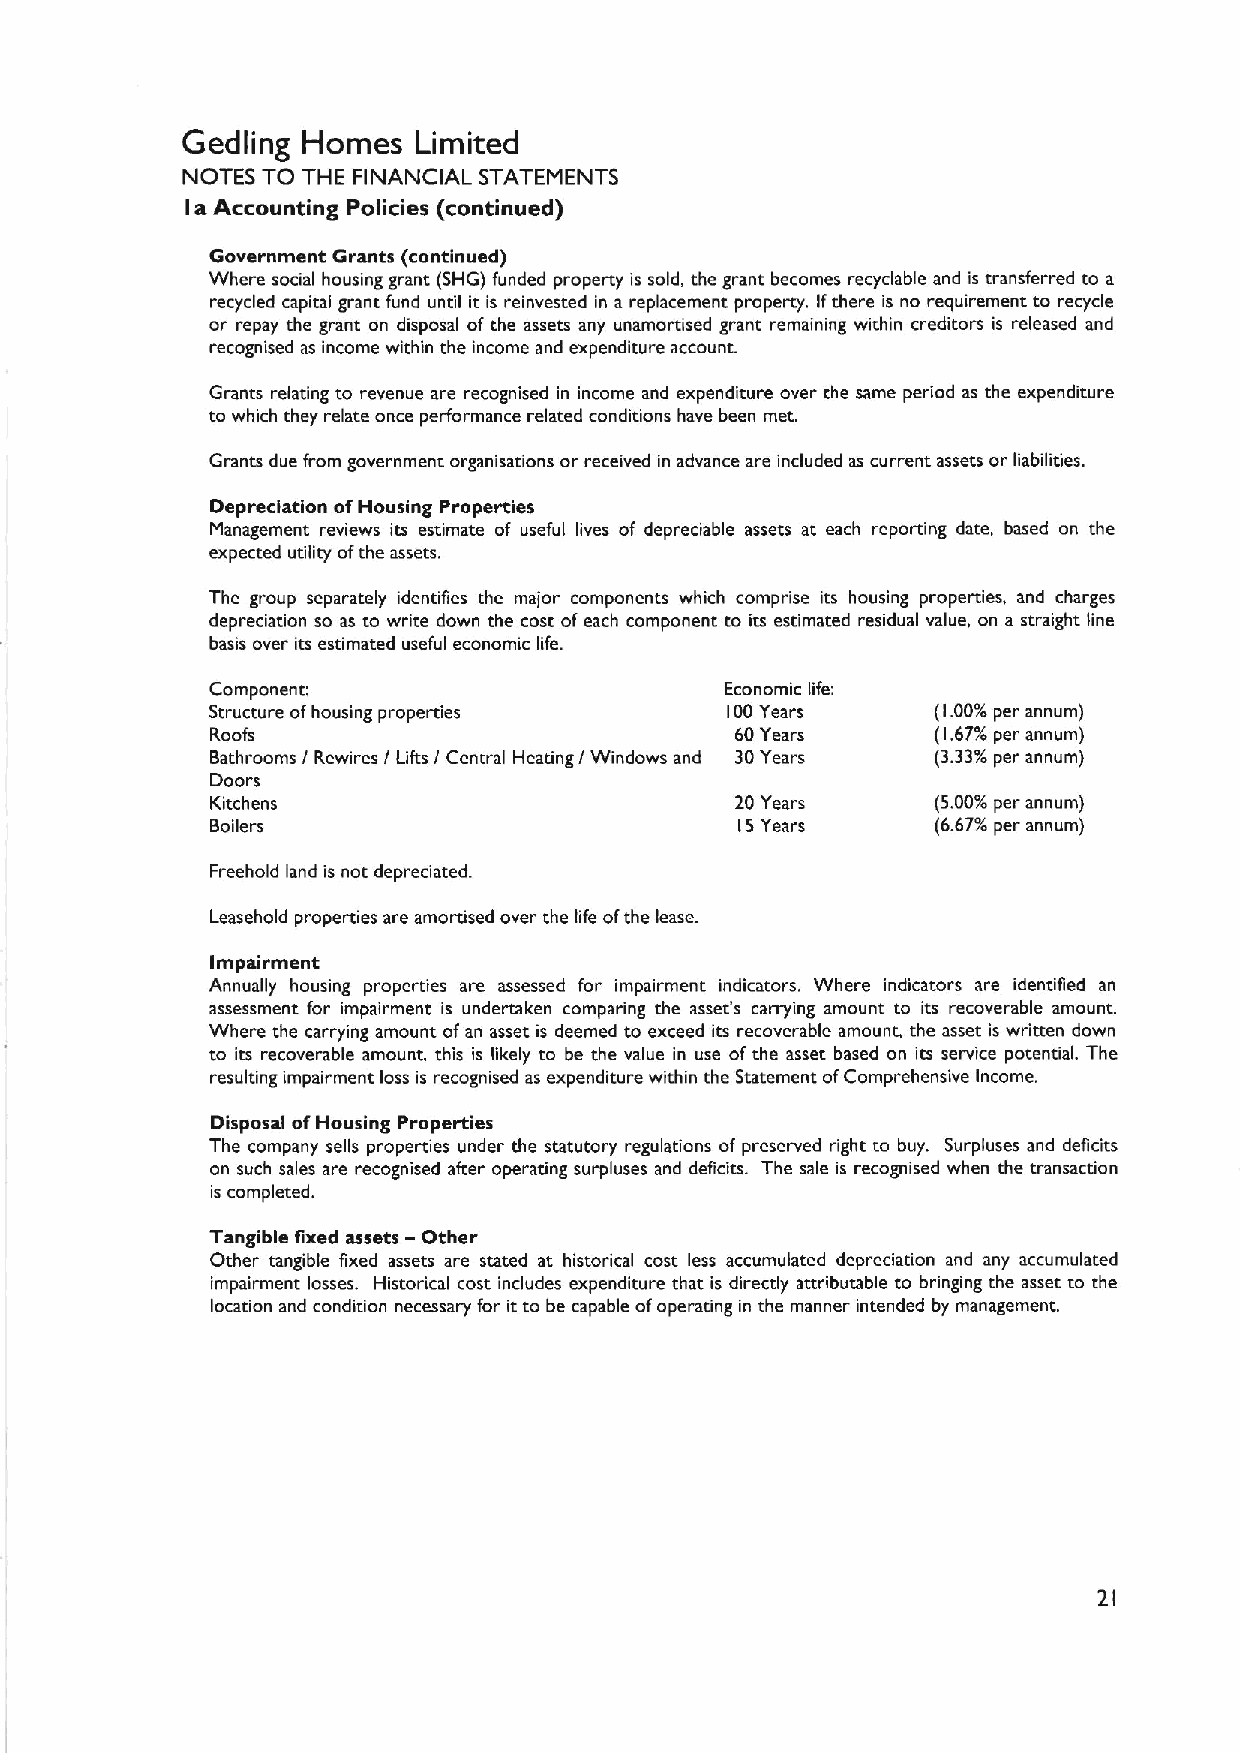
Gedling Homes   Limited
 NOTES TO THE FINANCIAL STATEMENTS
 a Accounting Policies (continued)
 I
 Government Grants (continued)
 Where social housing grant (SHG) funded property is sold, the grant becomes recyclable and is transferred to a
 recycled capital grant fund until it is reinvested in a replacement propercy. Ifthere is no requirement to recycle
 or repay the grant on disposal of the assets any unamortised grant remaining within creditors is released and
 recognised as income within the income and expenditure account.
 Grants relating to revenue are recognised in income and expenditure over the same period as the expenditure
 to which they relate once performance related conditions have been met.
 Grants due from government organisations or received in advance are included as current assets or liabilities.
 Depreciation ofHousing Properties
 Management reviews its estimate of useful lives of depreciable assets at each reporting date, based on the
 expected utility ofthe assets.
 The group separately identifies the major components which comprise its housing properties, and charges
 depreciation so as to write down the cost ofeach component to its estimated residual value, on a straight line
 basis over its estimated useful economic life.
 Component;                        Economic life:
 Structure ofhousing properties    100Years      (1.00%per annum)
 Roofs                              60Years      (1.67%per annum)
 Bathrooms / Rewires / Lifts / Central Heating / Windows and 30Years (3.33%per annum)
 Doors
 Kitchens                           20 Years     (5.00% per annum)
 Boilers                            I5Years      (6.67% per annum)
 Freehold land is not depreciated.
 Leasehold properties are amortised over the life ofthe lease.
 Impairment
 Annually housing properties are assessed for impairment indicators. Where indicators are identified an
 assessment for impairment is undertaken comparing the asset's carrying amount to its recoverable amount.
 Where the carrying amount ofan asset is deemed to exceed its recoverable amount, the asset is written down
 to its recoverable amount, this is likely to be the value in use of the asset based on its service potential. The
 resulting impairment loss is recognised as expenditure within the Statement ofComprehensive Income.
 Disposal ofHousing Properties
 The company sells properties under the statutory regulations of preserved right to buy. Surpluses and deficits
 on such sales are recognised after operating surpluses and deficits. The sale is recognised when the transaction
 is completed.
 -
 Tangible fixed assets Other
 Other tangible fixed assets are stated at historical cost less accumulated depreciation and any accumulated
 impairment losses. Historical cost includes expenditure that is directly attributable to bringing the asset to the
 location and condition necessary for itto be capable ofoperating in the manner intended by management.